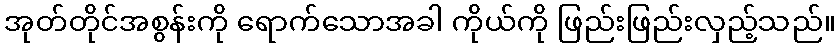
အုတ်တိုင်အစွန်းကို ရောက်သောအခါ ကိုယ်ကို ဖြည်းဖြည်းလှည့်သည်။